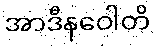
အာဒီနဝေါတိ